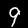
Digit: 9